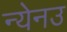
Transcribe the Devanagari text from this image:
न्येनउ